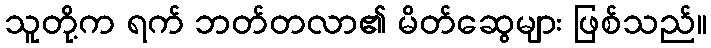
သူတို့က ရက် ဘတ်တလာ၏ မိတ်ဆွေများ ဖြစ်သည်။